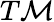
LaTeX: T{\mathcal{M}}